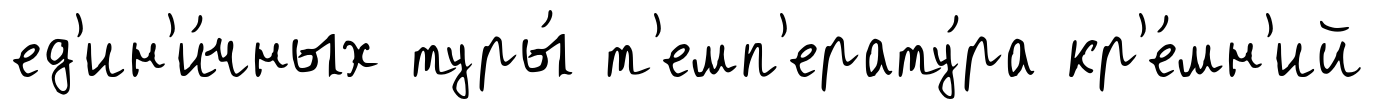
ед'ин'и́чных туры́ т'емп'ерату́ра кр'е́мн'ий